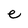
Character: e